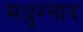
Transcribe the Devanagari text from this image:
मधुरनाद